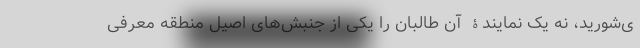
ی‌شورید، نه یک نمایندۀ آن طالبان را یکی از جنبش‌های اصیل منطقه معرفی